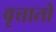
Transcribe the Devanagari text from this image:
वृत्तातों